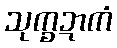
သုက္ခဍာကံ